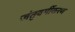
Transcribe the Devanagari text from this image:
जंतुवर्गीकरण